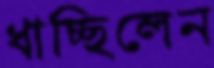
ধাচ্ছিলেন